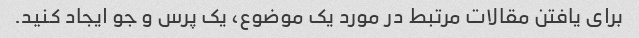
برای یافتن مقالات مرتبط در مورد یک موضوع، یک پرس و جو ایجاد کنید.